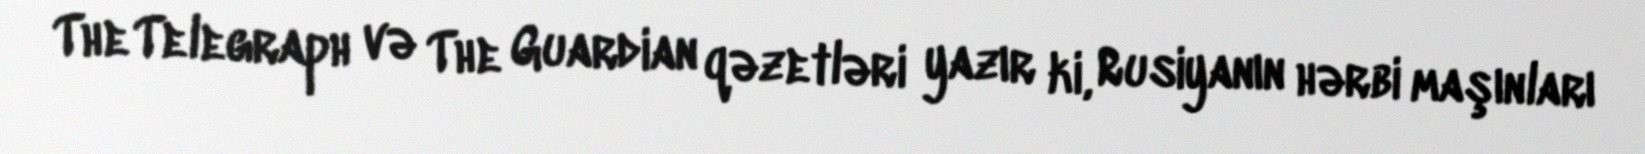
The Telegraph və The Guardian qəzetləri yazır ki, Rusiyanın hərbi maşınları